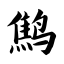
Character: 鹪